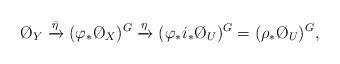
LaTeX: \begin{align*}\O_Y\xrightarrow{\bar\eta}(\varphi_*\O_X)^G\xrightarrow{\eta}(\varphi_*i_*\O_U)^G=(\rho_*\O_U)^G,\end{align*}